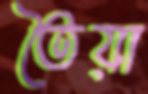
তৈয়া